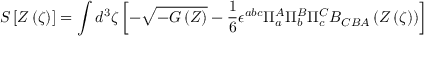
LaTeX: S \left[ Z \left( \zeta \right) \right] = \int d ^ { 3 } \zeta \left[ - \sqrt { - G \left( Z \right) } - { \frac { 1 } { 6 } } \epsilon ^ { a b c } \Pi _ { a } ^ { A } \Pi _ { b } ^ { B } \Pi _ { c } ^ { C } B _ { C B A } \left( Z \left( \zeta \right) \right) \right]